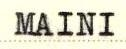
MAINI